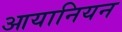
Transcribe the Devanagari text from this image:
आयानियन